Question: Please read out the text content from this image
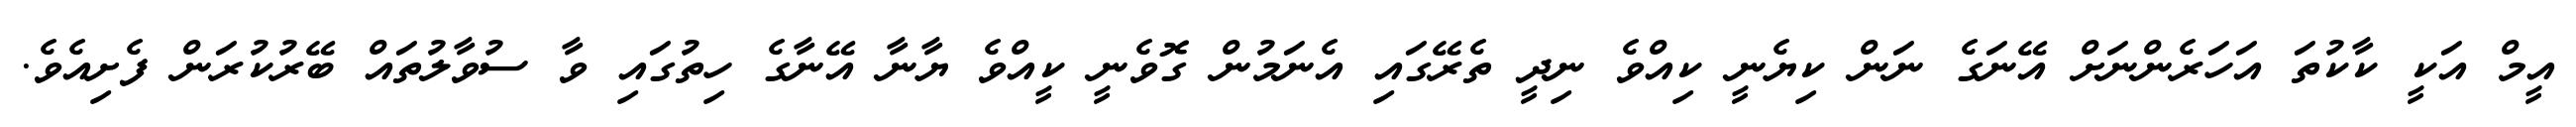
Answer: އީމް އަކީ ކާކުތަ އަހަރެންނަށް އޭނަގެ ނަން ކިޔެނީ ކިއްވެ ނިދީ ތެރޭގައި އެނަމުން ގޮވެނީ ކީއްވެ ޔާނާ އޭނާގެ ހިތުގައި ވާ ސުވާލުތައް ބޭރުކުރަން ފެށިއެވެ.